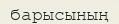
барысының